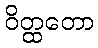
ဝိတ္ထတော